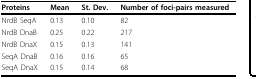
<table><thead><tr><td><b>Proteins</b></td><td><b>Mean</b></td><td><b>St. Dev.</b></td><td><b>Number of foci-pairs measured</b></td></tr></thead><tbody><tr><td>NrdB SeqA</td><td>0.13</td><td>0.10</td><td>82</td></tr><tr><td>NrdB DnaB</td><td>0.25</td><td>0.22</td><td>217</td></tr><tr><td>NrdB DnaX</td><td>0.15</td><td>0.13</td><td>141</td></tr><tr><td>SeqA DnaB</td><td>0.16</td><td>0.16</td><td>65</td></tr><tr><td>SeqA DnaX</td><td>0.15</td><td>0.14</td><td>68</td></tr></tbody></table>